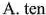
A.ten